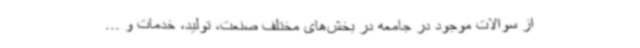
از سوالات موجود در جامعه در بخش‌های مختلف صنعت، تولید، خدمات و ...